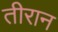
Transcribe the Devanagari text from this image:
तीरान